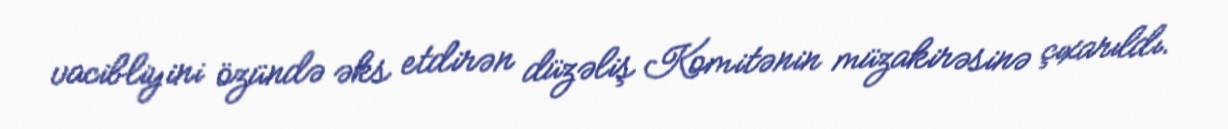
vacibliyini özündə əks etdirən düzəliş Komitənin müzakirəsinə çıxarıldı.